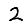
Digit: 2